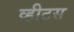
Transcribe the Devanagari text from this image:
व्हीटस